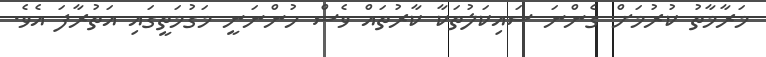
މަރާމާތު ކުރުމަށް ގެންނަ ސައިކަލުތަކާ ކާރުތައް ވެސް ހުންނަނީ މަގުމަތީގައި އަތުރާފަ އެވެ.